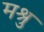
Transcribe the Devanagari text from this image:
मश्रु